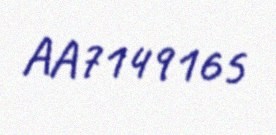
AA7149165